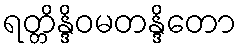
ရတ္တိန္ဒိဝမတန္ဒိတော